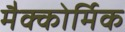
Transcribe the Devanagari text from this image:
मैक्कोर्मिक